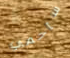
سأحمي